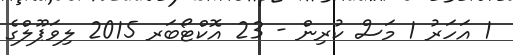
1 އަހަރު 1 މަސް ކުރިން - 23 އޮކްޓޯބަރ 2015 ލިވަޕޫލްގެ